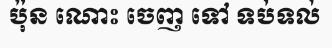
ប៉ុន ណោះ ចេញ ទៅ ទប់ទល់